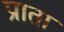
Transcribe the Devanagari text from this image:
प्राता